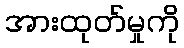
အားထုတ်မှုကို